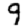
Digit: 9